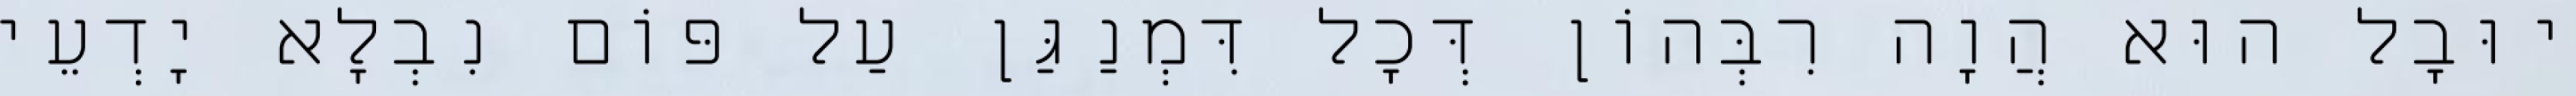
יוּבָל הוּא הֲוָה רִבְּהוֹן דְּכָל דִּמְנַגַּן עַל פּוֹם נִבְלָא יָדְעֵי